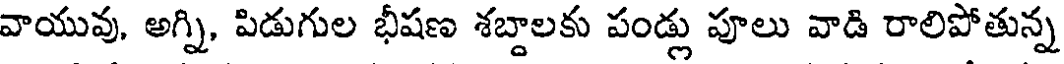
వాయువు, అగ్ని, పిడుగుల భీషణ శబ్దాలకు పండ్లు పూలు వాడి రాలిపోతున్న